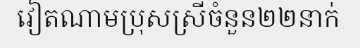
វៀតណាមប្រុសស្រីចំនួន២២នាក់